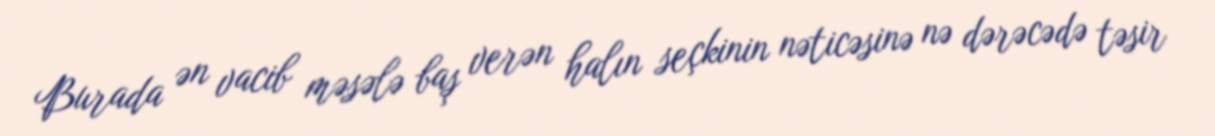
Burada ən vacib məsələ baş verən halın seçkinin nəticəsinə nə dərəcədə təsir